Civil Veterinary Department Bengal reports 1923-33 - 1923-1933
Year: 1923
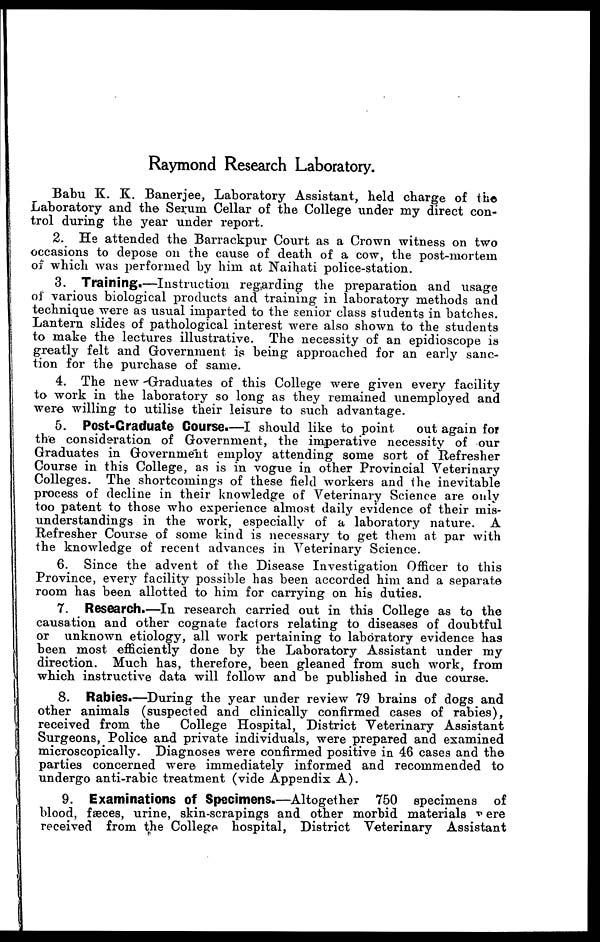
Raymond Research Laboratory.
Babu K. K. Banerjee, Laboratory Assistant, held charge of the
Laboratory and the Serum Cellar of the College under my direct con-
trol during the year under report.
2. He attended the Barrackpur Court as a Crown witness on two
occasions to depose on the cause of death of a cow, the post-mortem
of which was performed by him at Naihati police-station.
3. Training.—Instruction regarding the preparation and usage
of various biological products and training in laboratory methods and
technique were as usual imparted to the senior class students in batches.
Lantern slides of pathological interest were also shown to the students
to make the lectures illustrative. The necessity of an epidioscope is
greatly felt and Government is being approached for an early sanc-
tion for the purchase of same.
4. The new Graduates of this College were given every facility
to work in the laboratory so long as they remained unemployed and
were willing to utilise their leisure to such advantage.
5. Post-Graduate Course.—I should like to point out again for
the consideration of Government, the imperative necessity of our
Graduates in Government employ attending some sort of Refresher
Course in this College, as is in vogue in other Provincial Veterinary
Colleges. The shortcomings of these field workers and the inevitable
process of decline in their knowledge of Veterinary Science are only
too patent to those who experience almost daily evidence of their mis-
understandings in the work, especially of a laboratory nature. A
Refresher Course of some kind is necessary to get them at par with
the knowledge of recent advances in Veterinary Science.
6. Since the advent of the Disease Investigation Officer to this
Province, every facility possible has been accorded him and a separate
room has been allotted to him for carrying on his duties.
7. Research.—In research carried out in this College as to the
causation and other cognate factors relating to diseases of doubtful
or unknown etiology, all work pertaining to laboratory evidence has
been most efficiently done by the Laboratory Assistant under my
direction. Much has, therefore, been gleaned from such work, from
which instructive data will follow and be published in due course.
8. Rabies.—During the year under review 79 brains of dogs and
other animals (suspected and clinically confirmed cases of rabies),
received from the
College Hospital, District Veterinary Assistant
Surgeons, Police and private individuals, were prepared and examined
microscopically. Diagnoses were confirmed positive in 46 cases and the
parties concerned were immediately informed and recommended to
undergo anti-rabic treatment (vide Appendix A).
9. Examinations of Specimens.—Altogether 750 specimens of
blood, fæces, urine, skin-scrapings and other morbid materials were
received from the College hospital, District Veterinary Assistant